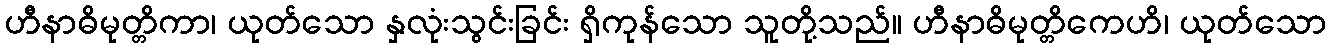
ဟီနာဓိမုတ္တိကာ၊ ယုတ်သော နှလုံးသွင်းခြင်း ရှိကုန်သော သူတို့သည်။ ဟီနာဓိမုတ္တိကေဟိ၊ ယုတ်သော